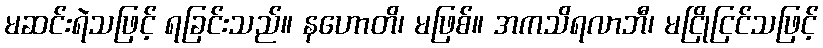
မဆင်းရဲသဖြင့် ရခြင်းသည်။ နဟောတိ၊ မဖြစ်။ အကသိရလာဘီ၊ မငြိုငြင်သဖြင့်